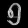
Digit: ၅